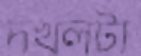
দখলটা